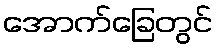
အောက်ခြေတွင်